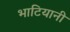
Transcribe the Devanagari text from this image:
भाटियानी